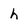
Character: h